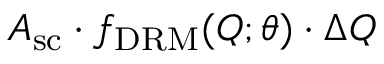
A _ { \mathrm { s c } } \cdot f _ { \mathrm { D R M } } ( Q ; \theta ) \cdot \Delta Q